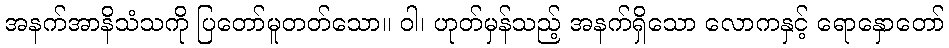
အနက်အာနိသံသကို ပြတော်မူတတ်သော။ ဝါ၊ ဟုတ်မှန်သည့် အနက်ရှိသော လောကနှင့် ရောနှောတော်